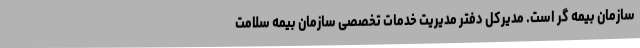
سازمان بیمه گر است. مدیرکل دفتر مدیریت خدمات تخصصی سازمان بیمه سلامت